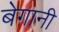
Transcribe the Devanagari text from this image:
बेगानी